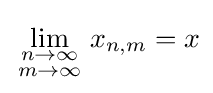
\lim _{\begin{smallmatrix}n\to \infty \\m\to \infty \end{smallmatrix}}x_{n,m}=x